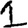
Digit: 1